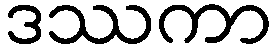
ဒဿကာ